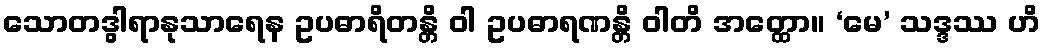
သောတဒွါရာနုသာရေန ဥပဓာရိတန္တိ ဝါ ဥပဓာရဏန္တိ ဝါတိ အတ္ထော။ ‘မေ’ သဒ္ဒဿ ဟိ